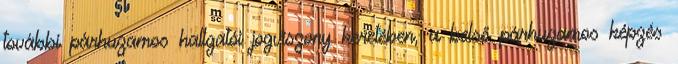
további párhuzamos hallgatói jogviszony keretében, a belső párhuzamos képzés